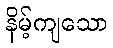
နိမ့်ကျသော